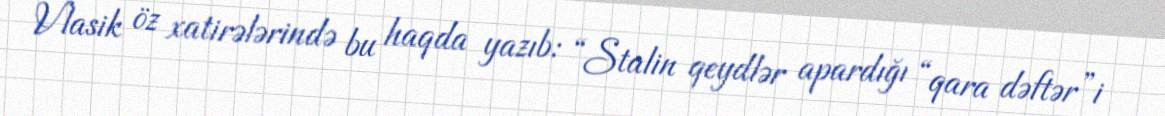
Vlasik öz xatirələrində bu haqda yazıb: “Stalin qeydlər apardığı “qara dəftər”i